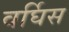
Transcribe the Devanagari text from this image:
वर्घिस